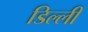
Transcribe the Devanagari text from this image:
डिल्ली